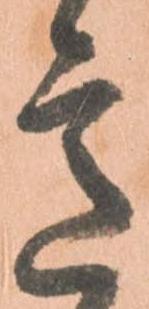
意